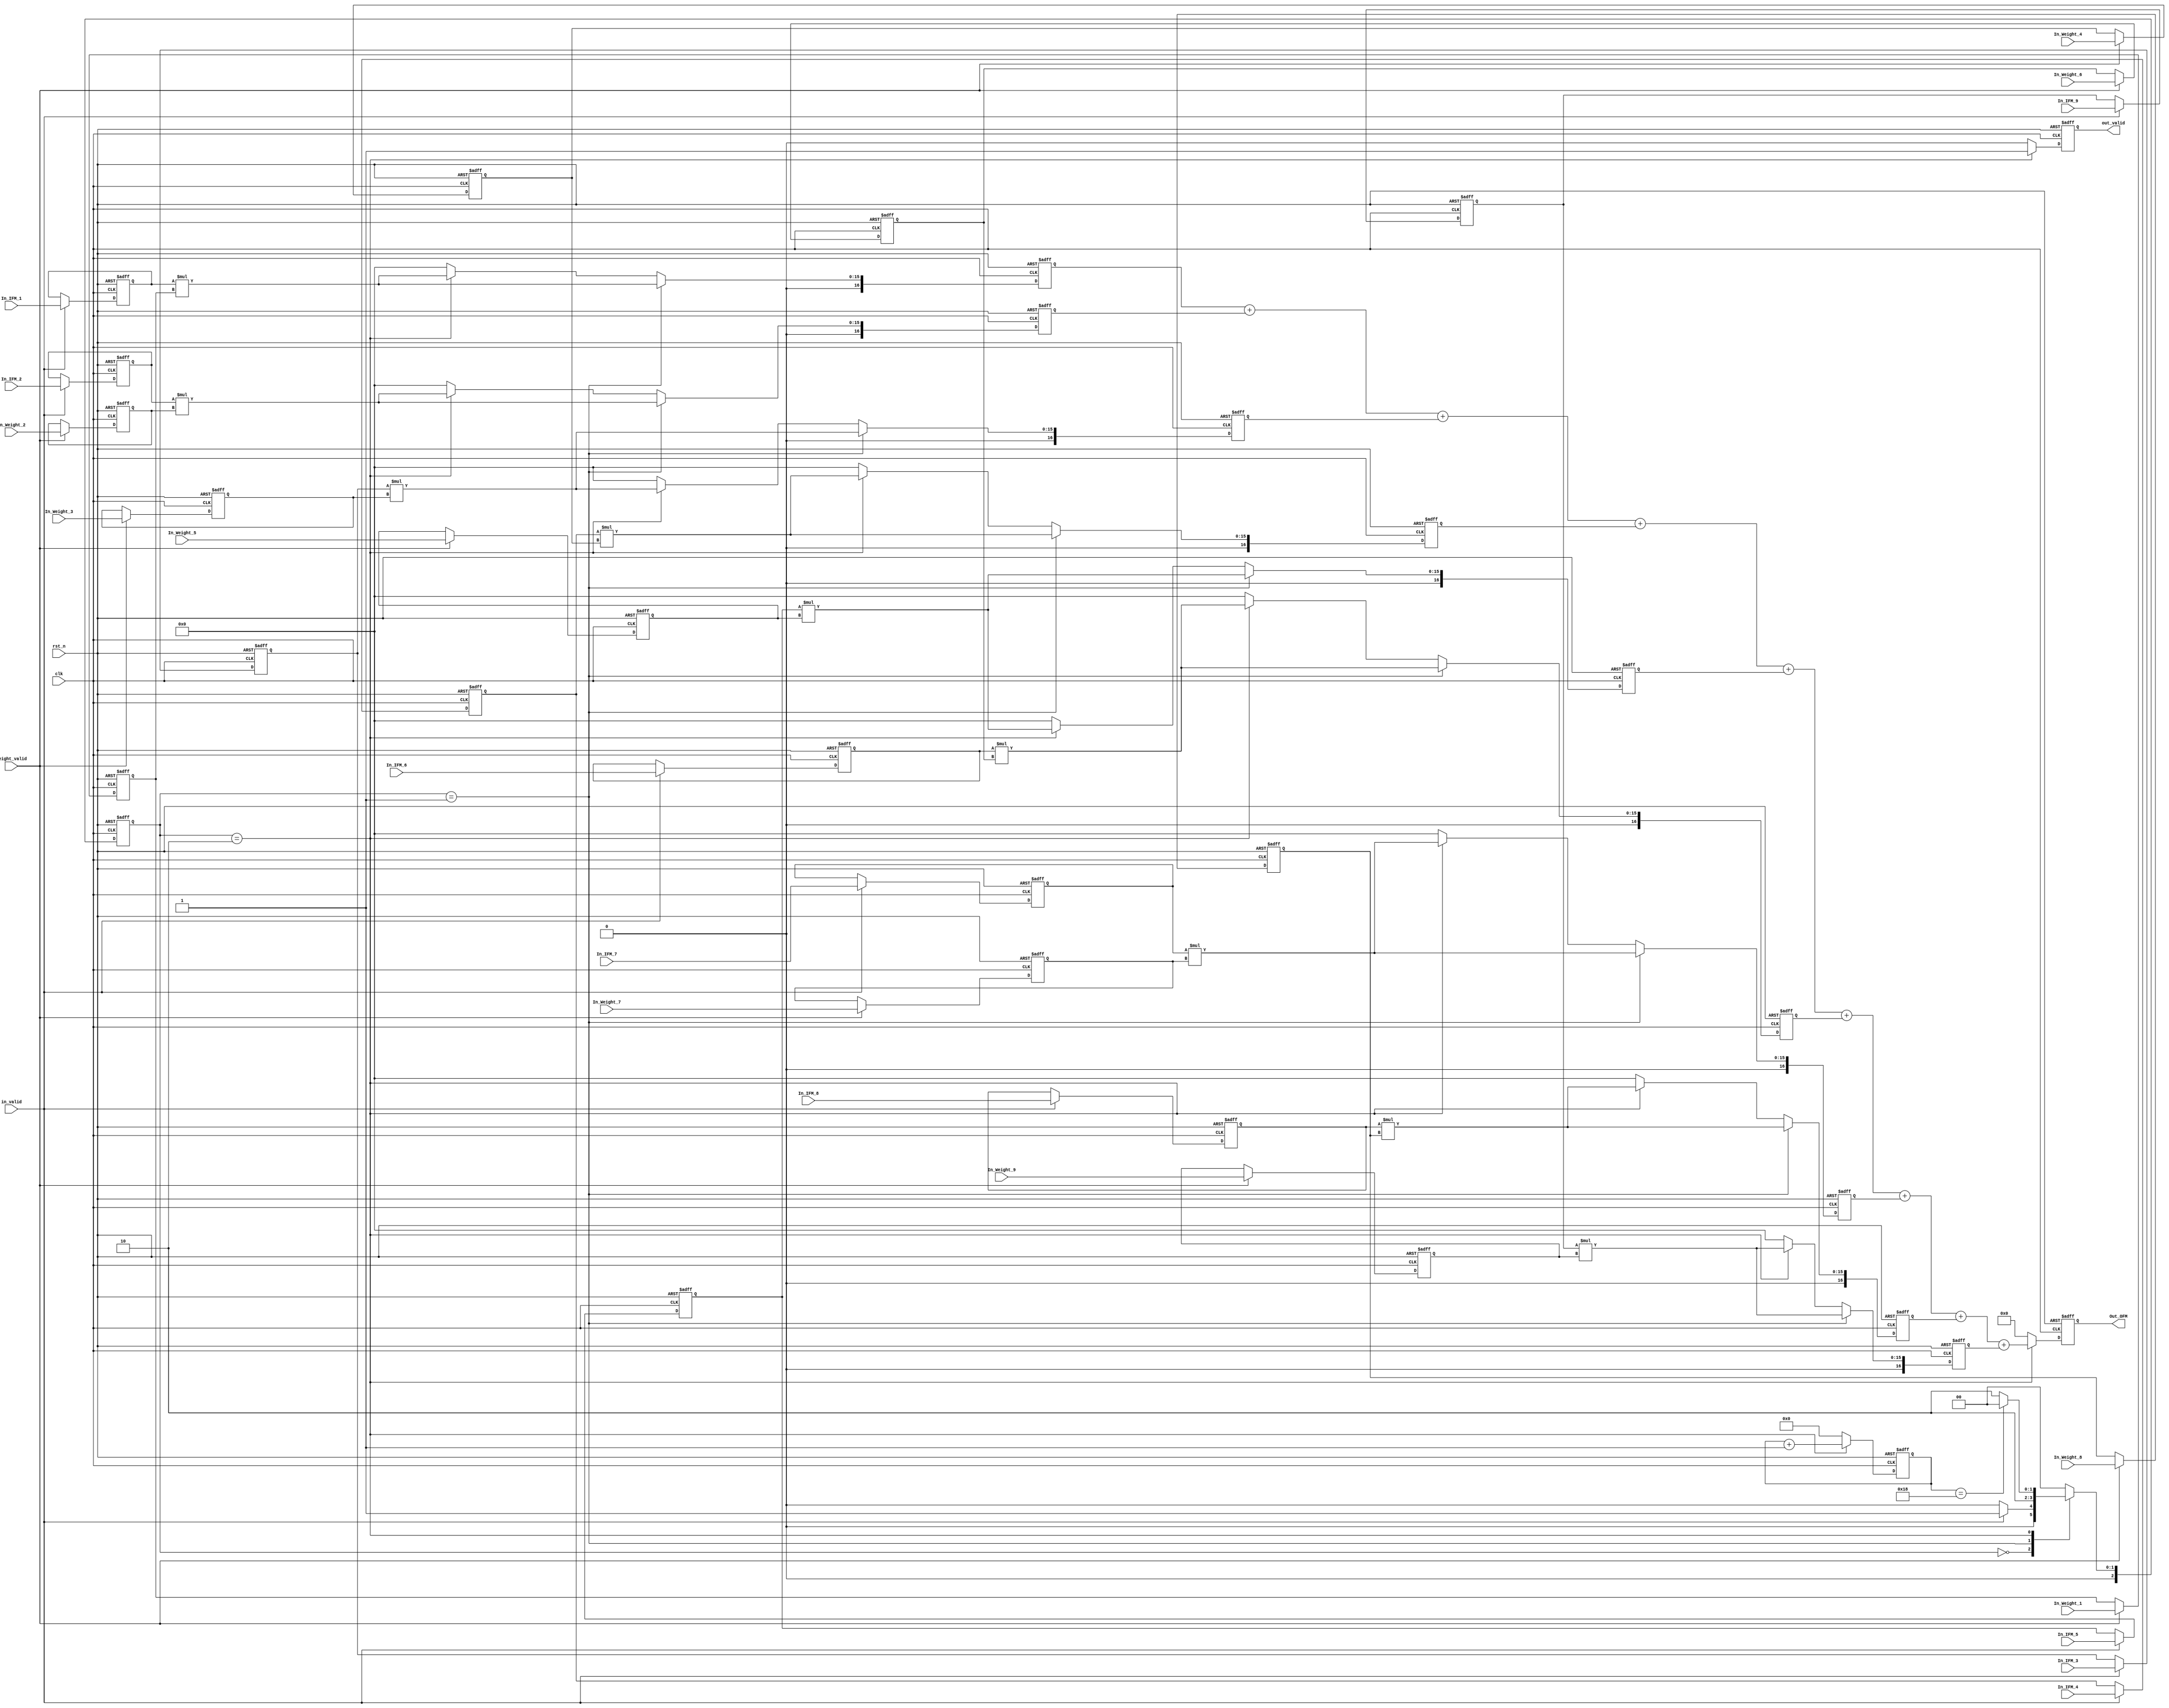
module Convolution_with_pipeline(
	//input
    clk,
    rst_n,
	in_valid,
	weight_valid,
	In_IFM_1,
	In_IFM_2,
	In_IFM_3,
	In_IFM_4,
    In_IFM_5,
	In_IFM_6,
	In_IFM_7,
	In_IFM_8,
	In_IFM_9,
    In_Weight_1,
    In_Weight_2,
    In_Weight_3,
	In_Weight_4,
    In_Weight_5,
    In_Weight_6,
    In_Weight_7,
    In_Weight_8,
    In_Weight_9,
	//output
    out_valid, 
	Out_OFM	

);

input clk, rst_n, in_valid, weight_valid;
input [7:0]In_IFM_1;
input [7:0]In_IFM_2;
input [7:0]In_IFM_3;
input [7:0]In_IFM_4;
input [7:0]In_IFM_5;
input [7:0]In_IFM_6;
input [7:0]In_IFM_7;
input [7:0]In_IFM_8;
input [7:0]In_IFM_9;		
input [7:0]In_Weight_1;
input [7:0]In_Weight_2;
input [7:0]In_Weight_3;
input [7:0]In_Weight_4;
input [7:0]In_Weight_5;
input [7:0]In_Weight_6;
input [7:0]In_Weight_7;
input [7:0]In_Weight_8;
input [7:0]In_Weight_9;


//////////////The output port shoud be registers///////////////////////
output reg out_valid;
output reg [20:0] Out_OFM;
//////////////////////////////////////////////////////////////////////


/////////////You need use Registers to receive inputs//////////////////////
reg [7:0]IFM_1;
reg [7:0]IFM_2;
reg [7:0]IFM_3;
reg [7:0]IFM_4;
reg [7:0]IFM_5;
reg [7:0]IFM_6;
reg [7:0]IFM_7;
reg [7:0]IFM_8;
reg [7:0]IFM_9;		
reg [7:0]Weight_1;
reg [7:0]Weight_2;
reg [7:0]Weight_3;
reg [7:0]Weight_4;
reg [7:0]Weight_5;
reg [7:0]Weight_6;
reg [7:0]Weight_7;
reg [7:0]Weight_8;
reg [7:0]Weight_9;

reg [16:0]multiple1;
reg [16:0]multiple2;
reg [16:0]multiple3;
reg [16:0]multiple4;
reg [16:0]multiple5;
reg [16:0]multiple6;
reg [16:0]multiple7;
reg [16:0]multiple8;
reg [16:0]multiple9;
//reg [20:0]plus1;
//reg [20:0]plus2;
//reg [20:0]plus3;
//reg [20:0]plus4;


///////////////////////////////////////////////////////////////////////////
reg [2:0] state_cs, state_ns;
parameter IDLE = 3'd0;
parameter IN_DATA = 3'd1;
parameter EXE = 3'd2;
reg [4:0] count_out;
//reg[1:0] count = 2'b0;

always@(posedge clk or negedge rst_n) begin
	if(!rst_n)
		state_cs <= IDLE;
	else
		state_cs <= state_ns;
end

always@(*) begin
	case(state_cs)
		IDLE:
		begin
			if(in_valid)
				state_ns = IN_DATA;
			else
				state_ns = IDLE;
		end
		
		IN_DATA:
		begin
			begin
				//if(count == 1)
					state_ns = EXE;
			end
		end
		EXE:
		begin
			if(count_out == 24)
				state_ns = IDLE;
			else 
				state_ns = EXE;
		end
		default:
			state_ns = IDLE;
	endcase
end

always@(posedge clk or negedge rst_n) begin
	if(!rst_n) begin
		Weight_1 <= 0 ;
        Weight_2 <= 0 ;
        Weight_3 <= 0 ;
        Weight_4 <= 0 ;
		Weight_5 <= 0 ;
        Weight_6 <= 0 ;
        Weight_7 <= 0 ;
        Weight_8 <= 0 ;
		Weight_9 <= 0 ;
	end
	
	else if(weight_valid) begin
		Weight_1 <= In_Weight_1;
        Weight_2 <= In_Weight_2;
        Weight_3 <= In_Weight_3;
        Weight_4 <= In_Weight_4;
		Weight_5 <= In_Weight_5;
        Weight_6 <= In_Weight_6;
        Weight_7 <= In_Weight_7;
        Weight_8 <= In_Weight_8;
		Weight_9 <= In_Weight_9;
	end
end

always@(posedge clk or negedge rst_n) begin
	if(!rst_n) begin
		IFM_1  <= 0;
        IFM_2  <= 0;
        IFM_3  <= 0;
        IFM_4  <= 0;
		IFM_5  <= 0;
        IFM_6  <= 0;
        IFM_7  <= 0;
        IFM_8  <= 0;
		IFM_9  <= 0;

	end
	
	else if(in_valid) begin
		IFM_1  <= In_IFM_1 ;
        IFM_2  <= In_IFM_2 ;
        IFM_3  <= In_IFM_3 ;
        IFM_4  <= In_IFM_4 ;
		IFM_5  <= In_IFM_5 ;
        IFM_6  <= In_IFM_6 ;
        IFM_7  <= In_IFM_7 ;
        IFM_8  <= In_IFM_8 ;
		IFM_9  <= In_IFM_9 ;

	end
end

always@(posedge clk or negedge rst_n) begin
	if(!rst_n)
		count_out <= 0;
	else if(state_cs == EXE) begin
		count_out <= count_out + 1;
	end
	else
		count_out <= 0;
end

always@(posedge clk or negedge rst_n) begin
	if(!rst_n)
		out_valid <= 0;
	else if(state_cs == EXE)
		out_valid <= 1;
	else begin
		out_valid <= 0;
	end		
end

// always@(posedge clk) begin
// 	if(state_cs == IN_DATA)
// 		count <= count + 1;	
// 	else
// 		count <= 0;	
// end

always@(posedge clk or negedge rst_n) begin
	if(!rst_n) begin
		multiple1 <= 0;
		multiple2 <= 0;
		multiple3 <= 0;
		multiple4 <= 0;
		multiple5 <= 0;
		multiple6 <= 0;
		multiple7 <= 0;
		multiple8 <= 0;
		multiple9 <= 0;	
		//plus1 <= 0;
		//plus2 <= 0;
	end
	else if(state_cs == IN_DATA) begin
		multiple1 <= IFM_1*Weight_1;
		multiple2 <= IFM_2*Weight_2;
		multiple3 <= IFM_3*Weight_3;
		multiple4 <= IFM_4*Weight_4;
		multiple5 <= IFM_5*Weight_5;
		multiple6 <= IFM_6*Weight_6;
		multiple7 <= IFM_7*Weight_7;
		multiple8 <= IFM_8*Weight_8;
		multiple9 <= IFM_9*Weight_9;
		//plus1 <= multiple1+multiple2+multiple3+multiple4+multiple5;
		//plus2 <= multiple6+multiple7+multiple8+multiple9;
	end
	else if(state_cs == EXE) begin
		multiple1 <= IFM_1*Weight_1;
		multiple2 <= IFM_2*Weight_2;
		multiple3 <= IFM_3*Weight_3;
		multiple4 <= IFM_4*Weight_4;
		multiple5 <= IFM_5*Weight_5;
		multiple6 <= IFM_6*Weight_6;
		multiple7 <= IFM_7*Weight_7;
		multiple8 <= IFM_8*Weight_8;
		multiple9 <= IFM_9*Weight_9;
		//plus1 <= multiple1+multiple2+multiple3+multiple4+multiple5;
		//plus2 <= multiple6+multiple7+multiple8+multiple9;
	end
	else begin
		multiple1 <= 0;
		multiple2 <= 0;
		multiple3 <= 0;
		multiple4 <= 0;
		multiple5 <= 0;
		multiple6 <= 0;
		multiple7 <= 0;
		multiple8 <= 0;
		multiple9 <= 0;	
		//plus1 <= 0;
		//plus2 <= 0;
	end
end

always@(posedge clk or negedge rst_n) begin
	if(!rst_n) begin
		Out_OFM <= 0;	
	end
	else if(state_cs == EXE) begin
		Out_OFM <= (multiple1+multiple2+multiple3+multiple4+multiple5+multiple6+multiple7+multiple8+multiple9);
		//Out_OFM <= plus1+plus2;
	end
	else
		Out_OFM <= 0;
end
endmodule